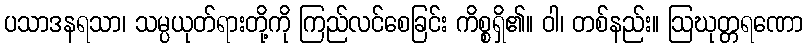
ပသာဒနရသာ၊ သမ္ပယုတ်ရားတို့ကို ကြည်လင်စေခြင်း ကိစ္စရှိ၏။ ဝါ၊ တစ်နည်း။ ဩဃုတ္တရဏော